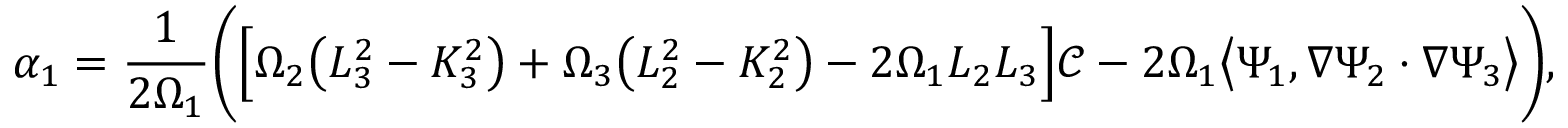
\alpha _ { 1 } = \frac { 1 } { 2 \Omega _ { 1 } } \bigg ( \Big [ \Omega _ { 2 } \big ( L _ { 3 } ^ { 2 } - K _ { 3 } ^ { 2 } \big ) + \Omega _ { 3 } \big ( L _ { 2 } ^ { 2 } - K _ { 2 } ^ { 2 } \big ) - 2 \Omega _ { 1 } L _ { 2 } L _ { 3 } \Big ] \mathscr { C } - 2 \Omega _ { 1 } \big \langle \Psi _ { 1 } , \nabla \Psi _ { 2 } \cdot \nabla \Psi _ { 3 } \big \rangle \bigg ) ,